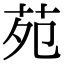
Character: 苑